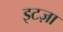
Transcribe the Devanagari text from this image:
इटज़ा